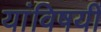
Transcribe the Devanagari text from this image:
यांविषयीं